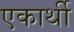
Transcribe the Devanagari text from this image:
एकार्थी